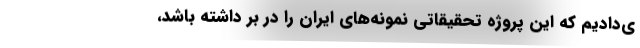
ی‌دادیم که این پروژه تحقیقاتی نمونه‌های ایران را در بر داشته باشد،